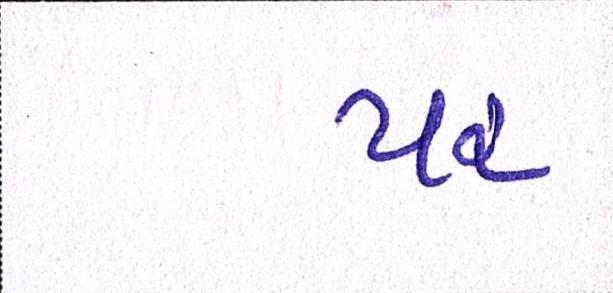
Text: પર